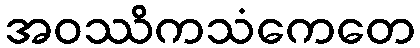
အဝဿိကသံကေတေ